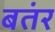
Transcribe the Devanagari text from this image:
बतंर